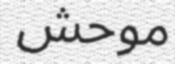
موحش